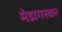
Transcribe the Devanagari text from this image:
मेडागस्कर